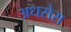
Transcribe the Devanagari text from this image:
अधसेरा